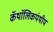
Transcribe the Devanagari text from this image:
कॅथॉलिकपंथीय